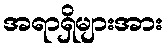
အရာရှိများအား